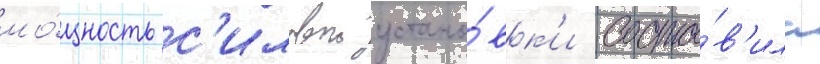
мо́щность с'иловои устано́вк'и соста́в'ила